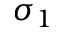
\sigma _ { 1 }